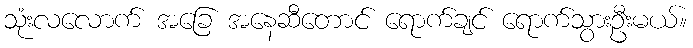
သုံးလလောက် အခြေ အနေဆီတောင် ရောက်ချင် ရောက်သွားဦးမယ်။